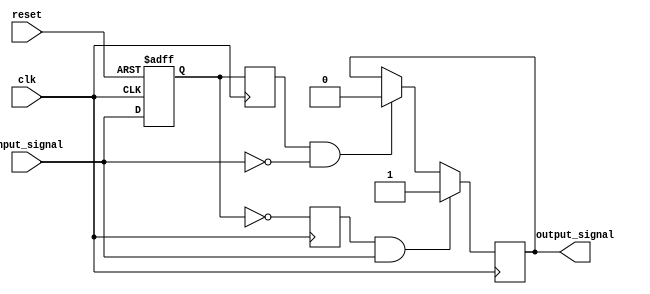
module schmitt_trigger_buffer (
    input wire clk,
    input wire reset,
    input wire input_signal,
    output reg output_signal
);

reg Q, Q_bar, D;

always @(posedge clk or posedge reset) begin
    if (reset)
        D <= 1'b0;
    else
        D <= input_signal;
end

always @(posedge clk) begin
    Q <= D;
    Q_bar <= ~D;
    
    if (Q_bar && input_signal)
        output_signal <= 1'b1;
    else if (Q && !input_signal)
        output_signal <= 1'b0;
end

endmodule